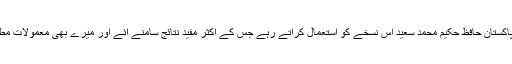
استاد محترم شہید پاکستان حافظ حکیم محمد سعید اس نسخے کو استعمال کراتے رہے جس کے اکثر مفید نتائج سامنے آئے اور میرے بھی معمولات مطب میں شامل ہے۔